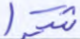
شكرا